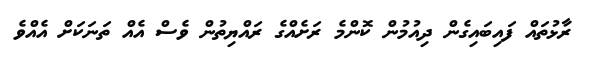
ރާޅުތައް ފައިބައިގެން ދިއުމުން ކޮންމެ ރަށެއްގެ ރައްޔިތުން ވެސް އެއް ތަނަކަށް އެއްވެ